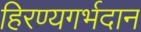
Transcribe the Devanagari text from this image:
हिरण्यगर्भदान